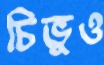
চিভুও